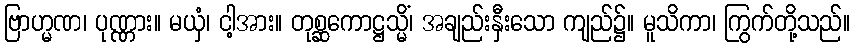
ဗြာဟ္မဏ၊ ပုဏ္ဏား။ မယှံ၊ ငါ့အား။ တုစ္ဆကောဋ္ဌသ္မိံ၊ အချည်းနှီးသော ကျည်၌။ မူသိကာ၊ ကြွက်တို့သည်။